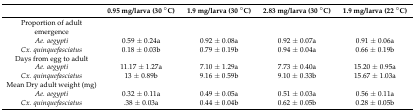
|  | 0.95 mg/larva (30 °C) | 1.9 mg/larva (30 °C) | 2.83 mg/larva (30 °C) | 1.9 mg/larva (22 °C) |
 | --- | --- | --- | --- | --- |
 | Proportion of adult emergence |  |  |  |  |
 | Ae. aegypti | 0.59 ± 0.24a | 0.92 ± 0.08a | 0.92 ± 0.07a | 0.91 ± 0.06a |
 | Cx. quinquefasciatus | 0.18 ± 0.03b | 0.79 ± 0.19b | 0.94 ± 0.04a | 0.66 ± 0.19b |
 | Days from egg to adult |  |  |  |  |
 | Ae. aegypti | 11.17 ± 1.27a | 7.10 ± 1.29a | 7.73 ± 0.40a | 15.20 ± 0.95a |
 | Cx. quinquefasciatus | 13 ± 0.89b | 9.16 ± 0.59b | 9.10 ± 0.33b | 15.67 ± 1.03a |
 | Mean Dry adult weight (mg) |  |  |  |  |
 | Ae. aegypti | 0.32 ± 0.11a | 0.49 ± 0.05a | 0.51 ± 0.03a | 0.56 ± 0.11a |
 | Cx. quinquefasciatus | .38 ± 0.03a | 0.44 ± 0.04b | 0.62 ± 0.05b | 0.28 ± 0.05b |